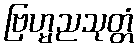
ဗြဟ္မညသုတ္တံ